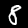
Label: 8